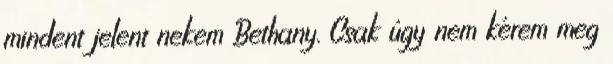
mindent jelent nekem Bethany. Csak úgy nem kérem meg